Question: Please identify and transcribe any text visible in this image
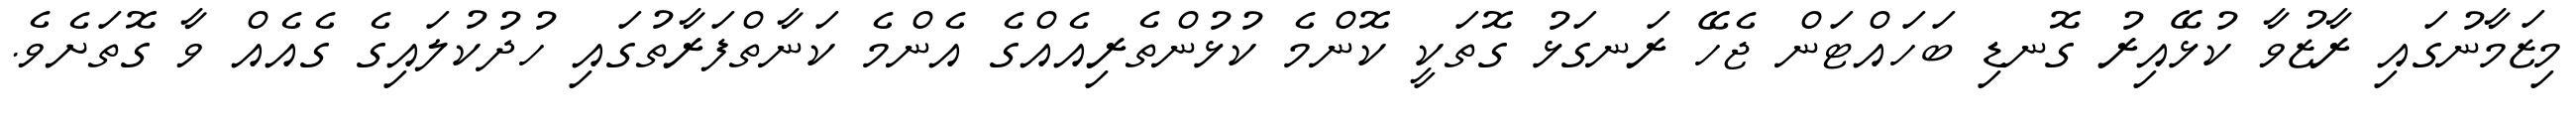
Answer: މިޒަމާނުގައި ރާޒުވާ ކުޅޭއިރު ގޮނޑި ބަހައްޓަން ޖެހޭ ރަނގަޅު ގޮތަކީ ކޮންމެ ކުޅުންތެރިއެއްގެ އެންމެ ކަނާތްފަރާތުގައި ހުދުކުލައިގެ ގެއެއް ވާ ގޮތަށެވެ.